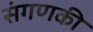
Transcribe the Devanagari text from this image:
संगणकी